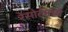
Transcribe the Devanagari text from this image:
रेसोर्टमध्ये